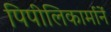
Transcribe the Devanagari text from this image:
पिपीलिकार्मानें